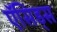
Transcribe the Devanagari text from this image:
ऍसिड्स